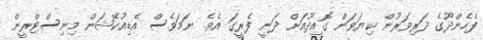
ފެހެންދޫގެ ދަރިވަރުން ކިޔަވަން ގޮއިދޫއަށް ދަނީ ފެރީގަ އެވެ. ނަމަވެސް އެޑިއުކޭޝަން މިނިސްޓްރީން